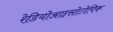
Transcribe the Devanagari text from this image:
रेडियोआइसोटोपिक